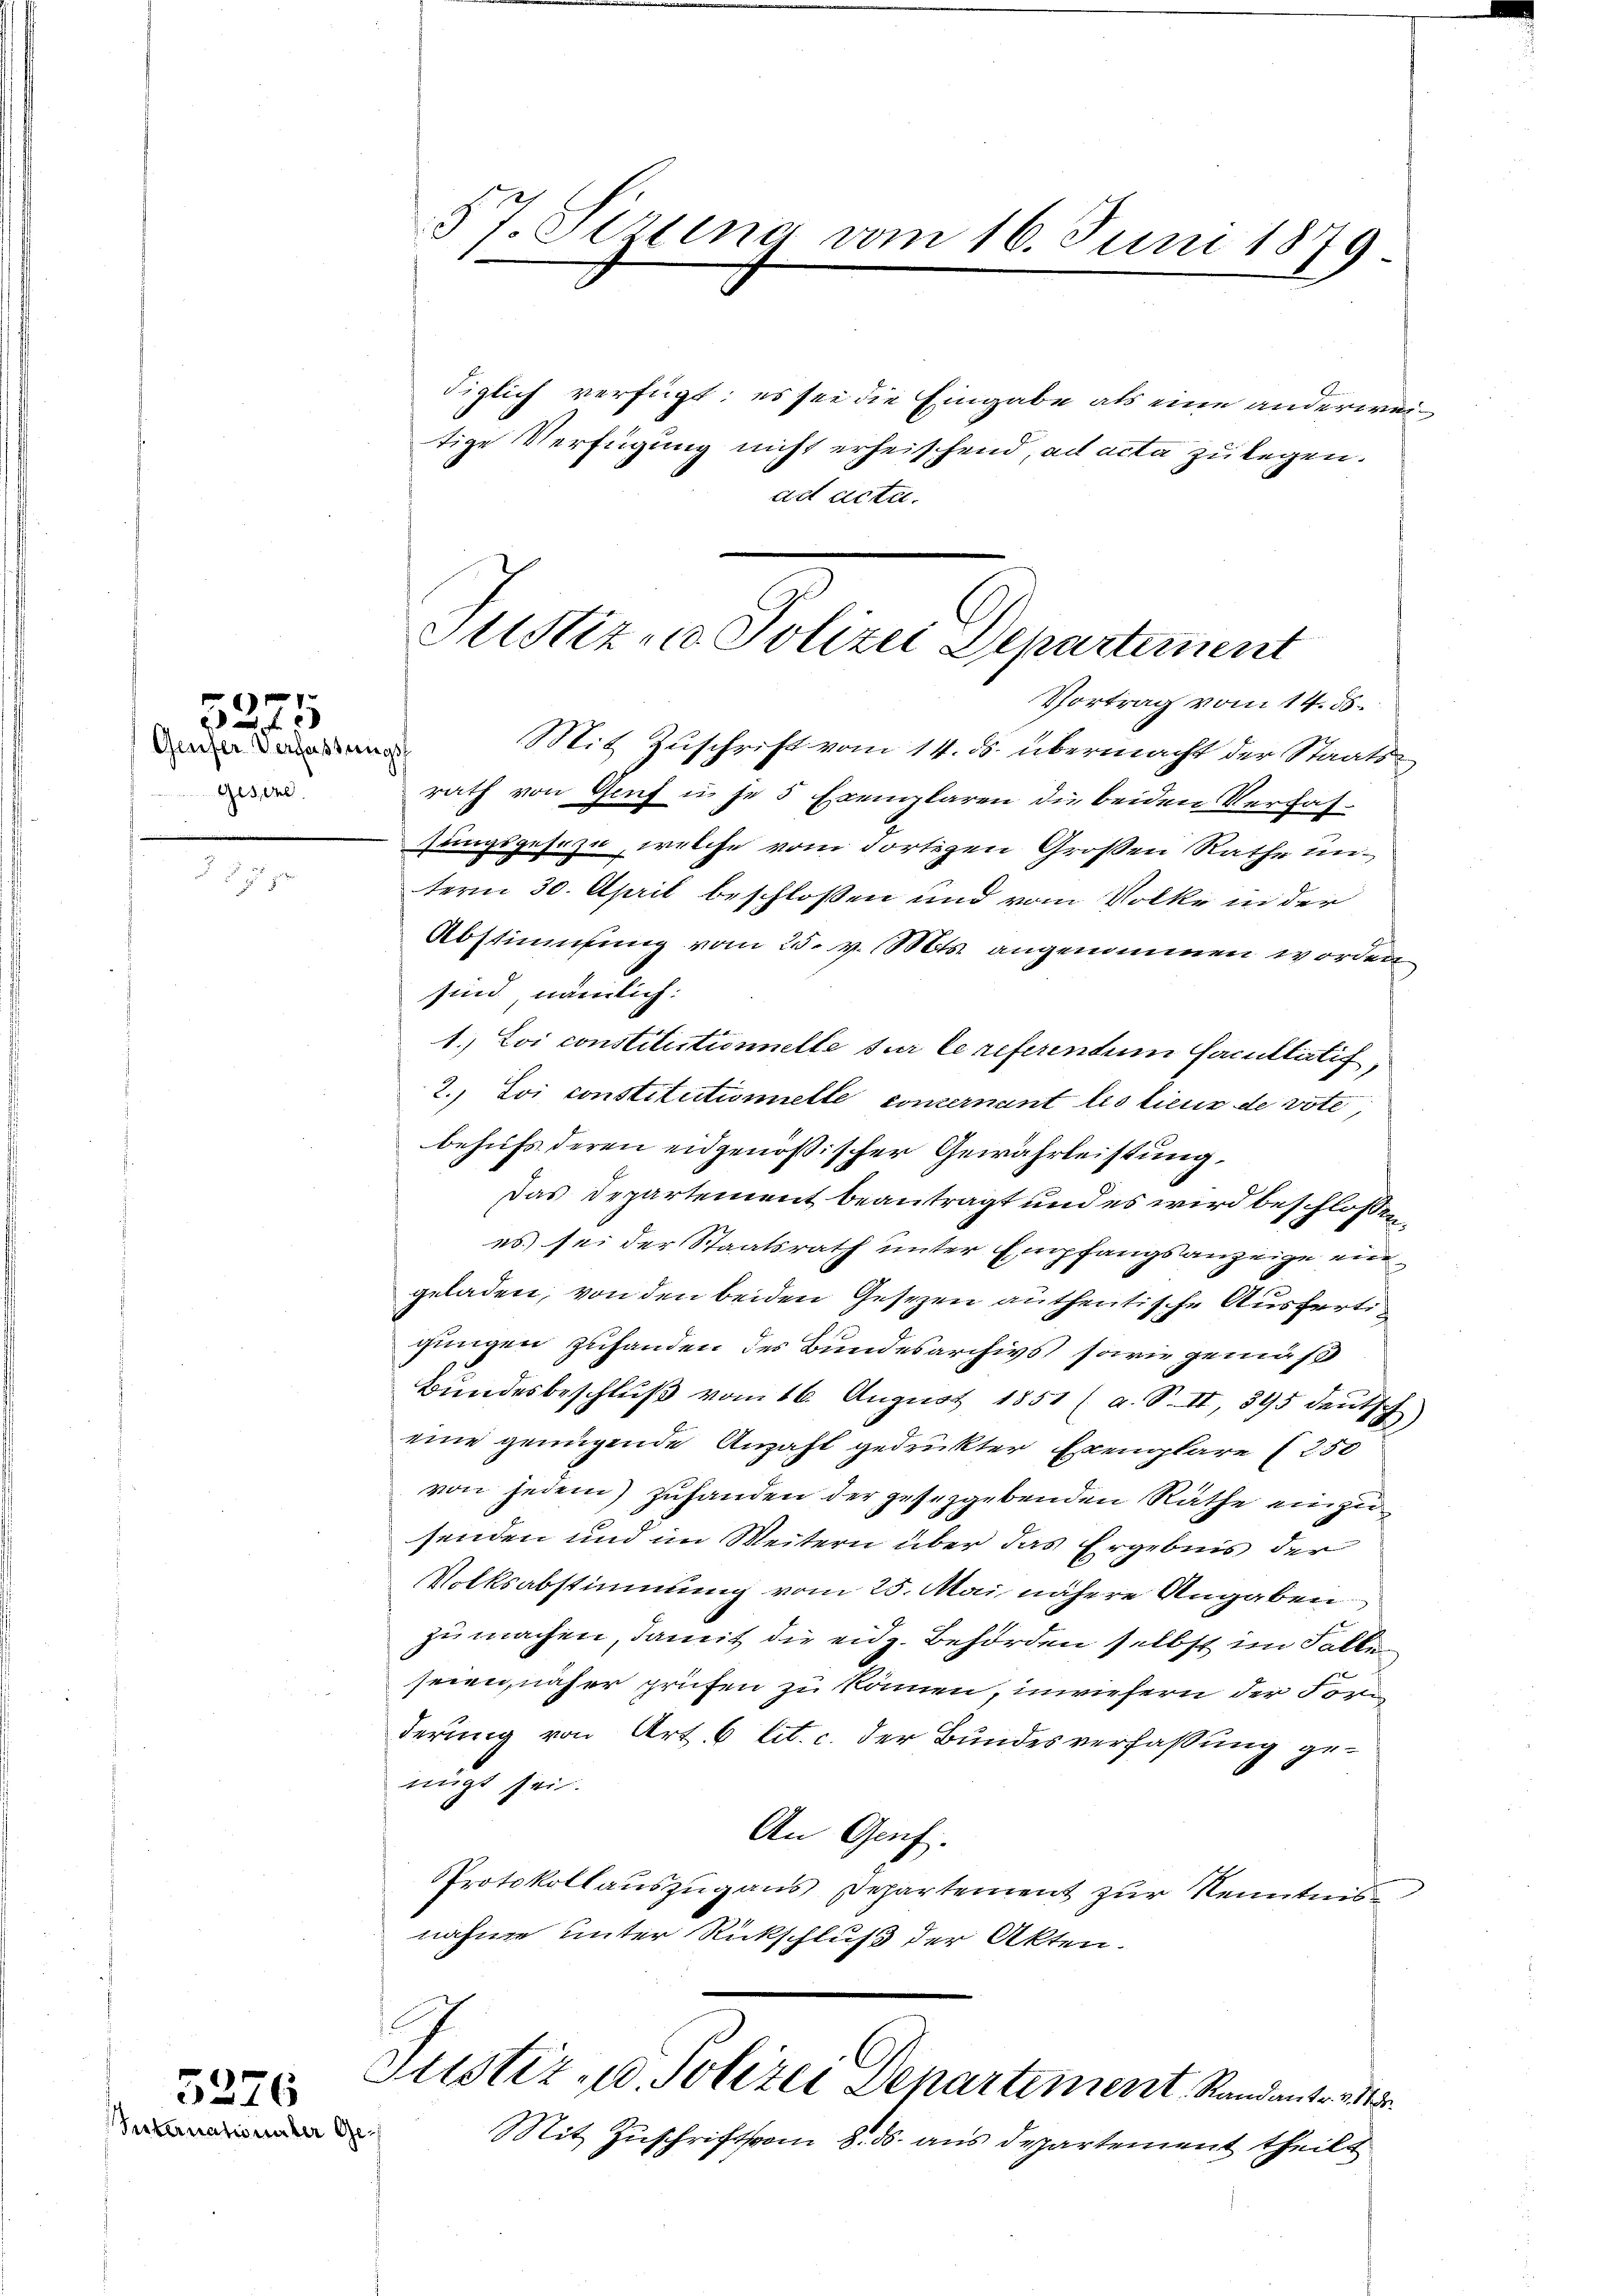
Genfer Verfassungsf
Geschre

5275

.

5276
Internationater Ge¬

57 Pizlena vom 16. Juni 1879

Justiz- u Polizei Departement
Vortrag vom 14. ds.
Mit Zuschrift vom 14. ds. übermacht der Staats¬

diglich verfügt: es sei die Eingabe als eine anderweitige Verfügung nicht erheischend, ad acta zulegen.
ad acta.
rath von Genf u je 5 Exemplaren die beiden Verfas-
zungsgeseze, welche vom dortigen Großen Rathe unterm 30. April beschlossen und vom Volke in der
Abstimmung vom 25. v. Mts. angenommen worden
sind nämlich:
1. Loi constilistiennelle sur le referentum facultätif,
2.) Soi constitutionnelle concernant les lieux de vote
behufs deren eidgenößischer Gewährleistung
Das Departement beantragt und es wird beschlossen
es sei der Staatsrath unter Empfangsanzeige eingeladen, von den beiden Gesezen authentische Ausferti
gungen zuhanden des Bundesarchivs sowie gemäß
Bundesbeschlŭβ vom 16. August 1851 (a. S. II, 895 deŭtsch
eine genügende Anzahl gedruckter Exemplare (250
von jedem) zuhanden der gesetzgebenden Räthe einzusenden und im Weitern über das Ergebnis der
Volksabstimmung vom 25. Mai nähere Angaben
zu machen, damit die eidg. Behörden selbst im Falle
seien, näher prüfen zu können, inwiefern der Forderung von Art. 6 lit. c. der Bundesverfaßung genügt sei.
An Gruf.
Protokollauszug aus Departement zur Kenntnisnahme unter Rückschluß der Akten.
Justiz u. Polizei Departement Randants. v. 18
Mit Zuschrift vom 8. ds. aus Departement theilt

nung